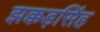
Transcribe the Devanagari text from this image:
झक्कड़सिंह